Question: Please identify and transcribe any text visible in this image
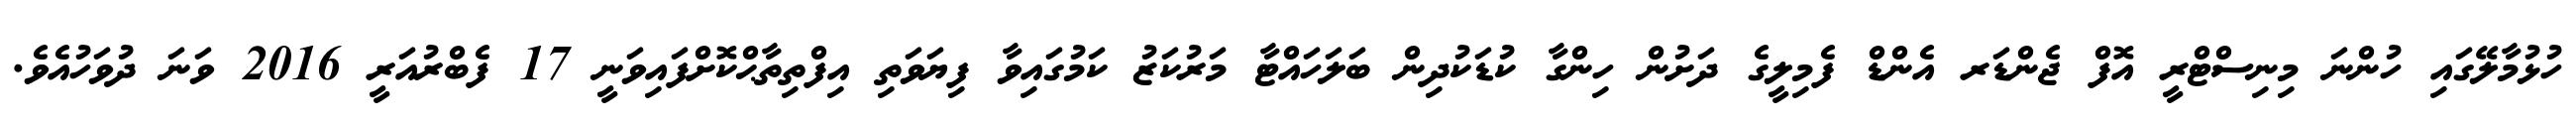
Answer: ހުޅުމާލޭގައި ހުންނަ މިނިސްޓްރީ އޮފް ޖެންޑަރ އެންޑް ފެމިލީގެ ދަށުން ހިންގާ ކުޑަކުދިން ބަލަހައްޓާ މަރުކަޒު ކަމުގައިވާ ފިޔަވަތި އިފްތިތާޙްކޮށްފައިވަނީ 17 ފެބްރުއަރީ 2016 ވަނަ ދުވަހުއެވެ.